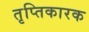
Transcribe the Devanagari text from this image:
तृप्तिकारक